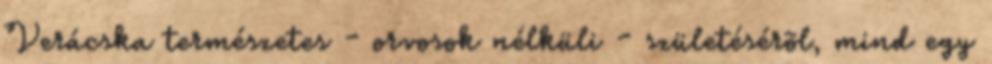
Verácska természetes - orvosok nélküli - születésérõl, mind egy